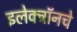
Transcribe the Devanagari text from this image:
इलेक्ट्रॉनचे